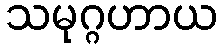
သမုဂ္ဂဟာယ